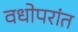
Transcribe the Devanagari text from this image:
वधोपरांत